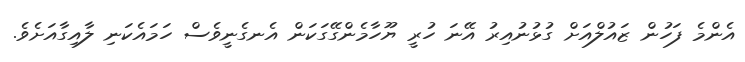
އެންމެ ފަހުން ޒައުލްއަށް ގުޅުނުއިރު އޭނަ ހުރީ ޔޫހާމެންގޭގަކަން އެނގެނީވެސް ހަމައެކަނި ލާއިގާއަށެވެ.